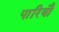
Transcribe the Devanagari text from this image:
पारियौ